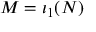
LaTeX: M = \iota _ { 1 } ( N )